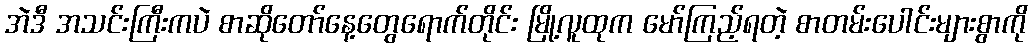
အဲဒီ အသင်းကြီးကပဲ စာဆိုတော်နေ့တွေရောက်တိုင်း မြို့လူထုက မော်ကြည့်ရတဲ့ စာတမ်းပေါင်းများစွာကို